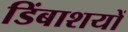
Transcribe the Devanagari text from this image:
डिंबाशयों